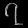
Digit: ၇